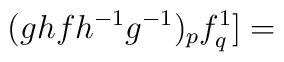
(ghf{h^{-1}}{g^{-1}})_pf^1_q]=